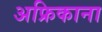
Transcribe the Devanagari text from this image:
अफ्रिकाना